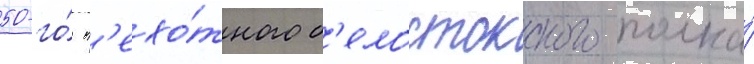
50-го́ п'ехо́тного б'елостокского полка́